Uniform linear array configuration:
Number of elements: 48
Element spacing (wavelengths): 1
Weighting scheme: blackman
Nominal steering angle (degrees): -15
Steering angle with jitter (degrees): -15.8
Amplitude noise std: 0.05
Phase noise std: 0.05

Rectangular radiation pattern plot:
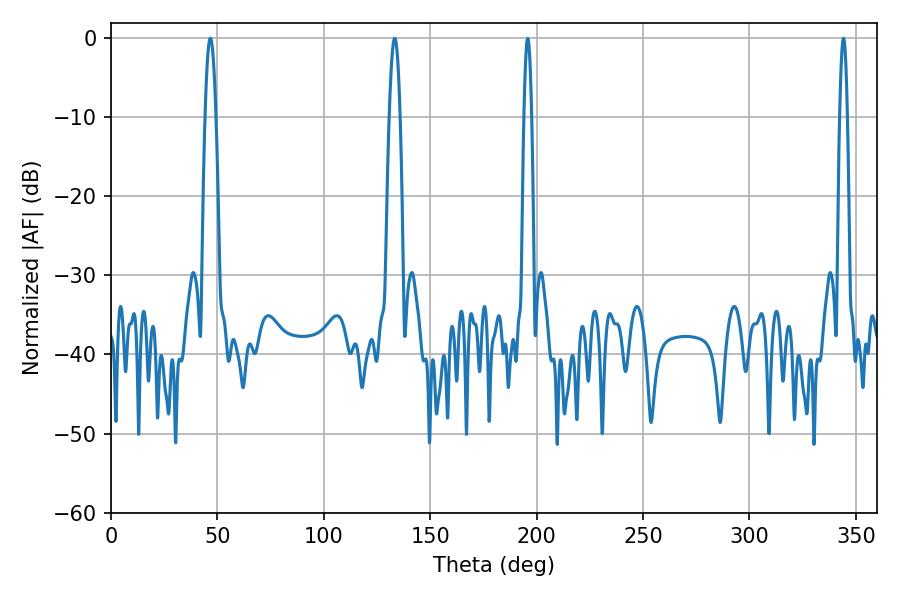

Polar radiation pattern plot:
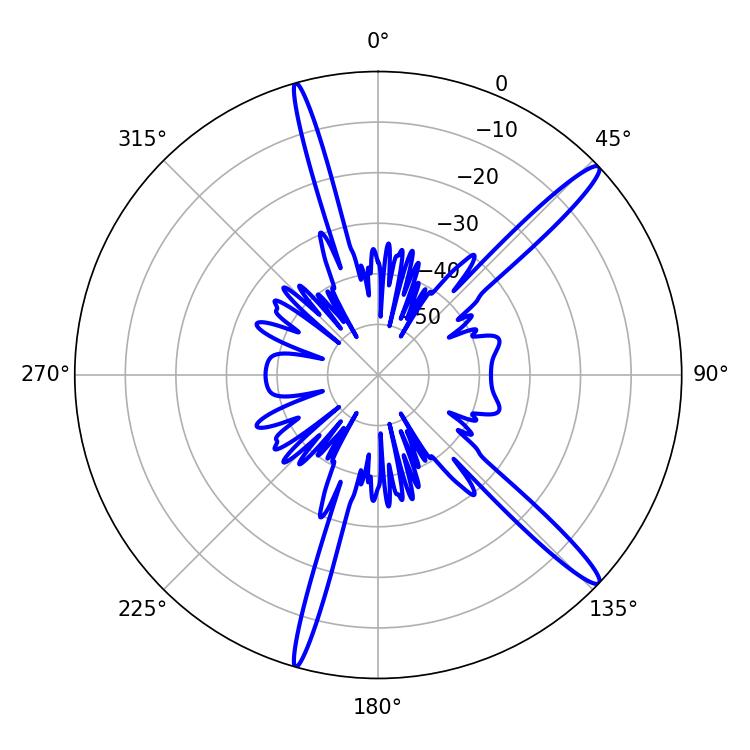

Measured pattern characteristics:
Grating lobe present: TRUE
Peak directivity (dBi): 15.437
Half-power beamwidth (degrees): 1.8
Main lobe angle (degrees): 195.84